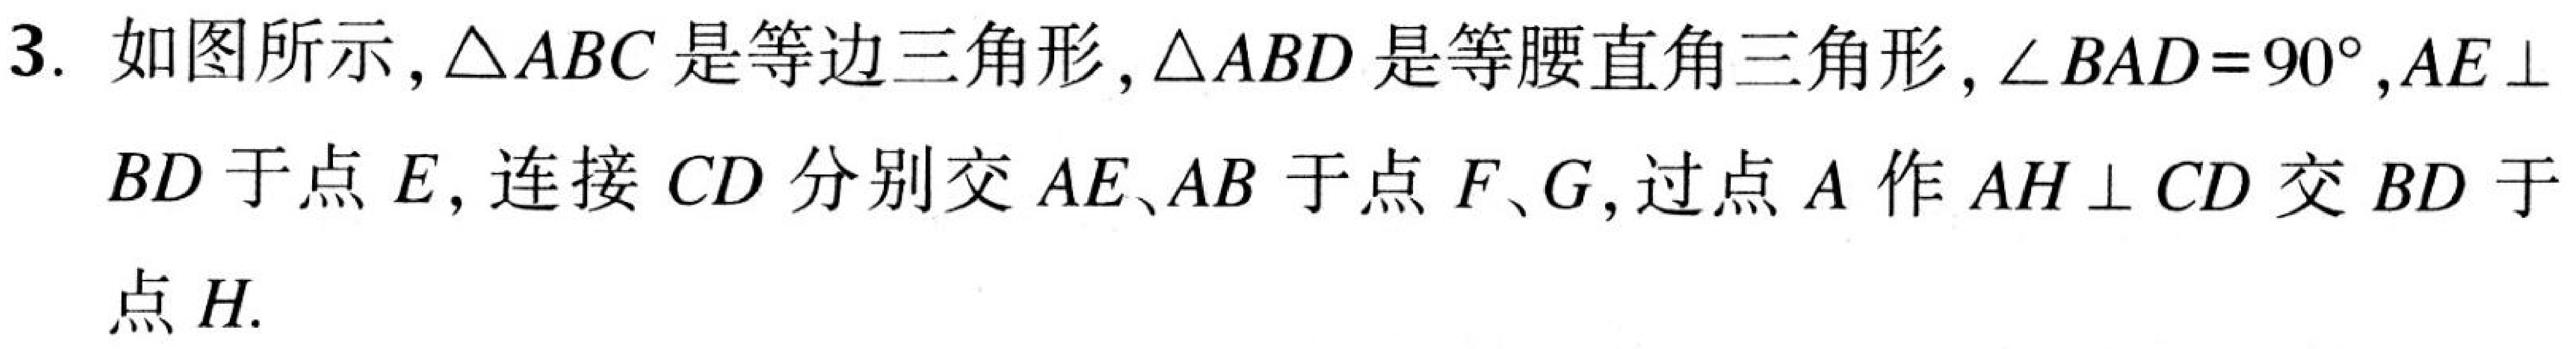
3. 如图所示,\(\triangle ABC\)是等边三角形,\(\triangle ABD\)是等腰直角三角形,\(\angle BAD = 90^{\circ}\),\(AE\perp BD\)于点\(E\),连接\(CD\)分别交\(AE、AB\)于点\(F、G\),过点\(A\)作\(AH\perp CD\)交\(BD\)于点\(H\).